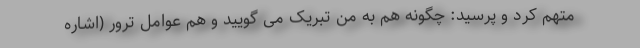
متهم کرد و پرسید: چگونه هم به من تبریک می گویید و هم عوامل ترور (اشاره